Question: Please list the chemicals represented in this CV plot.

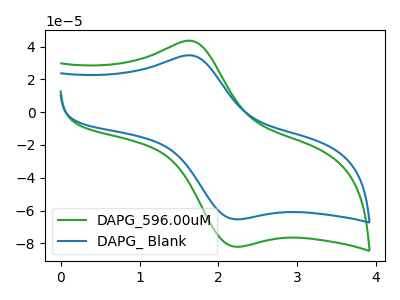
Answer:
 <answer>The green curve is labeled "DAPG_596.00uM". The blue curve is labeled "DAPG_ Blank".</answer>
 <eval></eval>